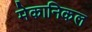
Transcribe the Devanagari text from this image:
मेकानिकल